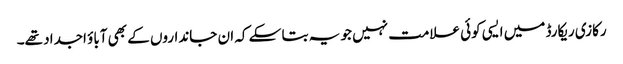
رکازی ریکارڈ میں ایسی کوئی علامت نہیں جو یہ بتا سکے کہ ان جانداروں کے بھی آباؤ اجداد تھے۔